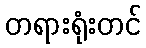
တရားရုံးတင်